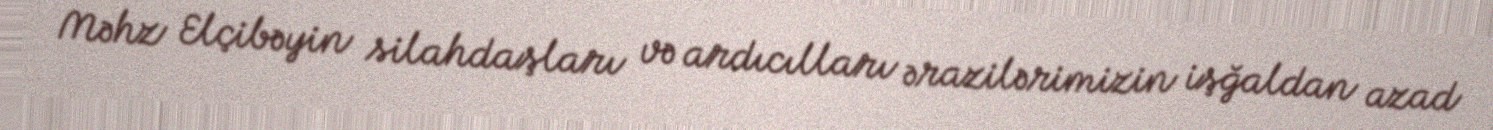
Məhz Elçibəyin silahdaşları və ardıcılları ərazilərimizin işğaldan azad